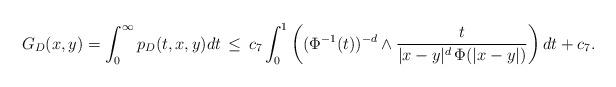
LaTeX: \begin{align*}G_D(x, y)=\int^{\infty}_0 p_D(t, x, y)dt \,\le\, c_7\int_0^1\left((\Phi^{-1}(t))^{-d}\wedge \frac{t}{|x-y|^d \, \Phi (|x-y|)}\right) dt +c_7.\end{align*}